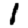
Digit: 1